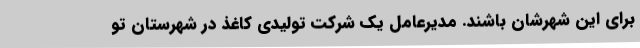
برای این شهرشان باشند. مدیرعامل یک شرکت تولیدی کاغذ در شهرستان تو